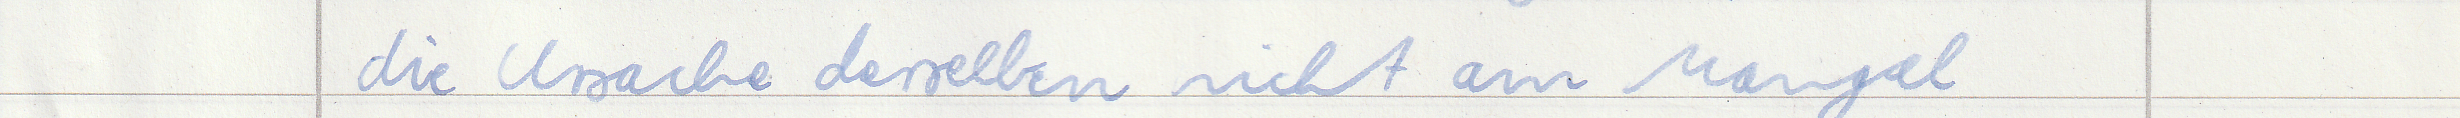
die Ursache derselben nicht am Mangel